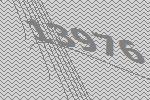
13976